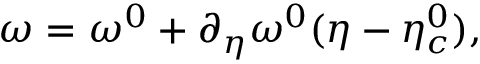
\omega = \omega ^ { 0 } + \partial _ { \eta } \omega ^ { 0 } ( \eta - \eta _ { c } ^ { 0 } ) ,